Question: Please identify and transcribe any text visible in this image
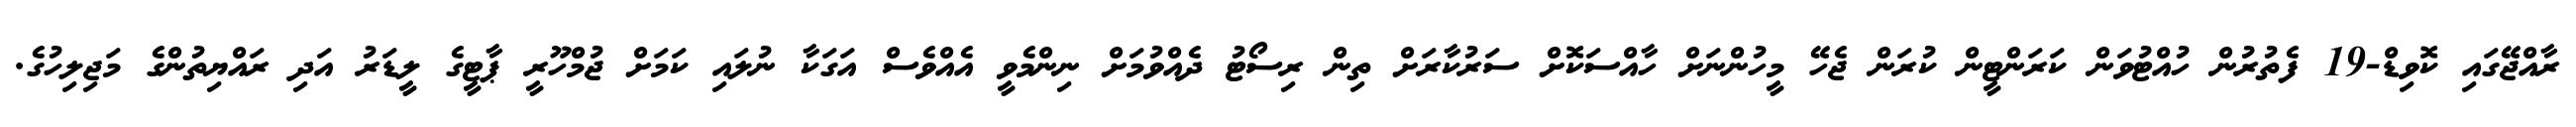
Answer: ރާއްޖޭގައި ކޮވިޑް-19 ފެތުރުން ހުއްޓުވަން ކަރަންޓީން ކުރަން ޖެހޭ މީހުންނަށް ހާއްސަކޮށް ސަރުކާރަށް ތިން ރިސޯޓު ދެއްވުމަށް ނިންމެވީ އެއްވެސް އަގަކާ ނުލައި ކަމަށް ޖުމްހޫރީ ޕާޓީގެ ލީޑަރު އަދި ރައްޔިތުންގެ މަޖިލިހުގެ.